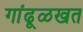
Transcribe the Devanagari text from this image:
गांढूळखत